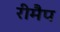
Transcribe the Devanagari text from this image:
रीमैप